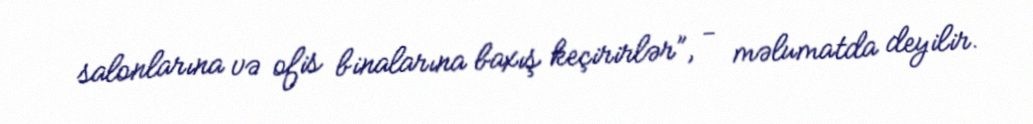
salonlarına və ofis binalarına baxış keçirirlər”, - məlumatda deyilir.